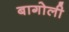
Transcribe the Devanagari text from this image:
बागोली